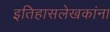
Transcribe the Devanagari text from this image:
इतिहासलेखकांना